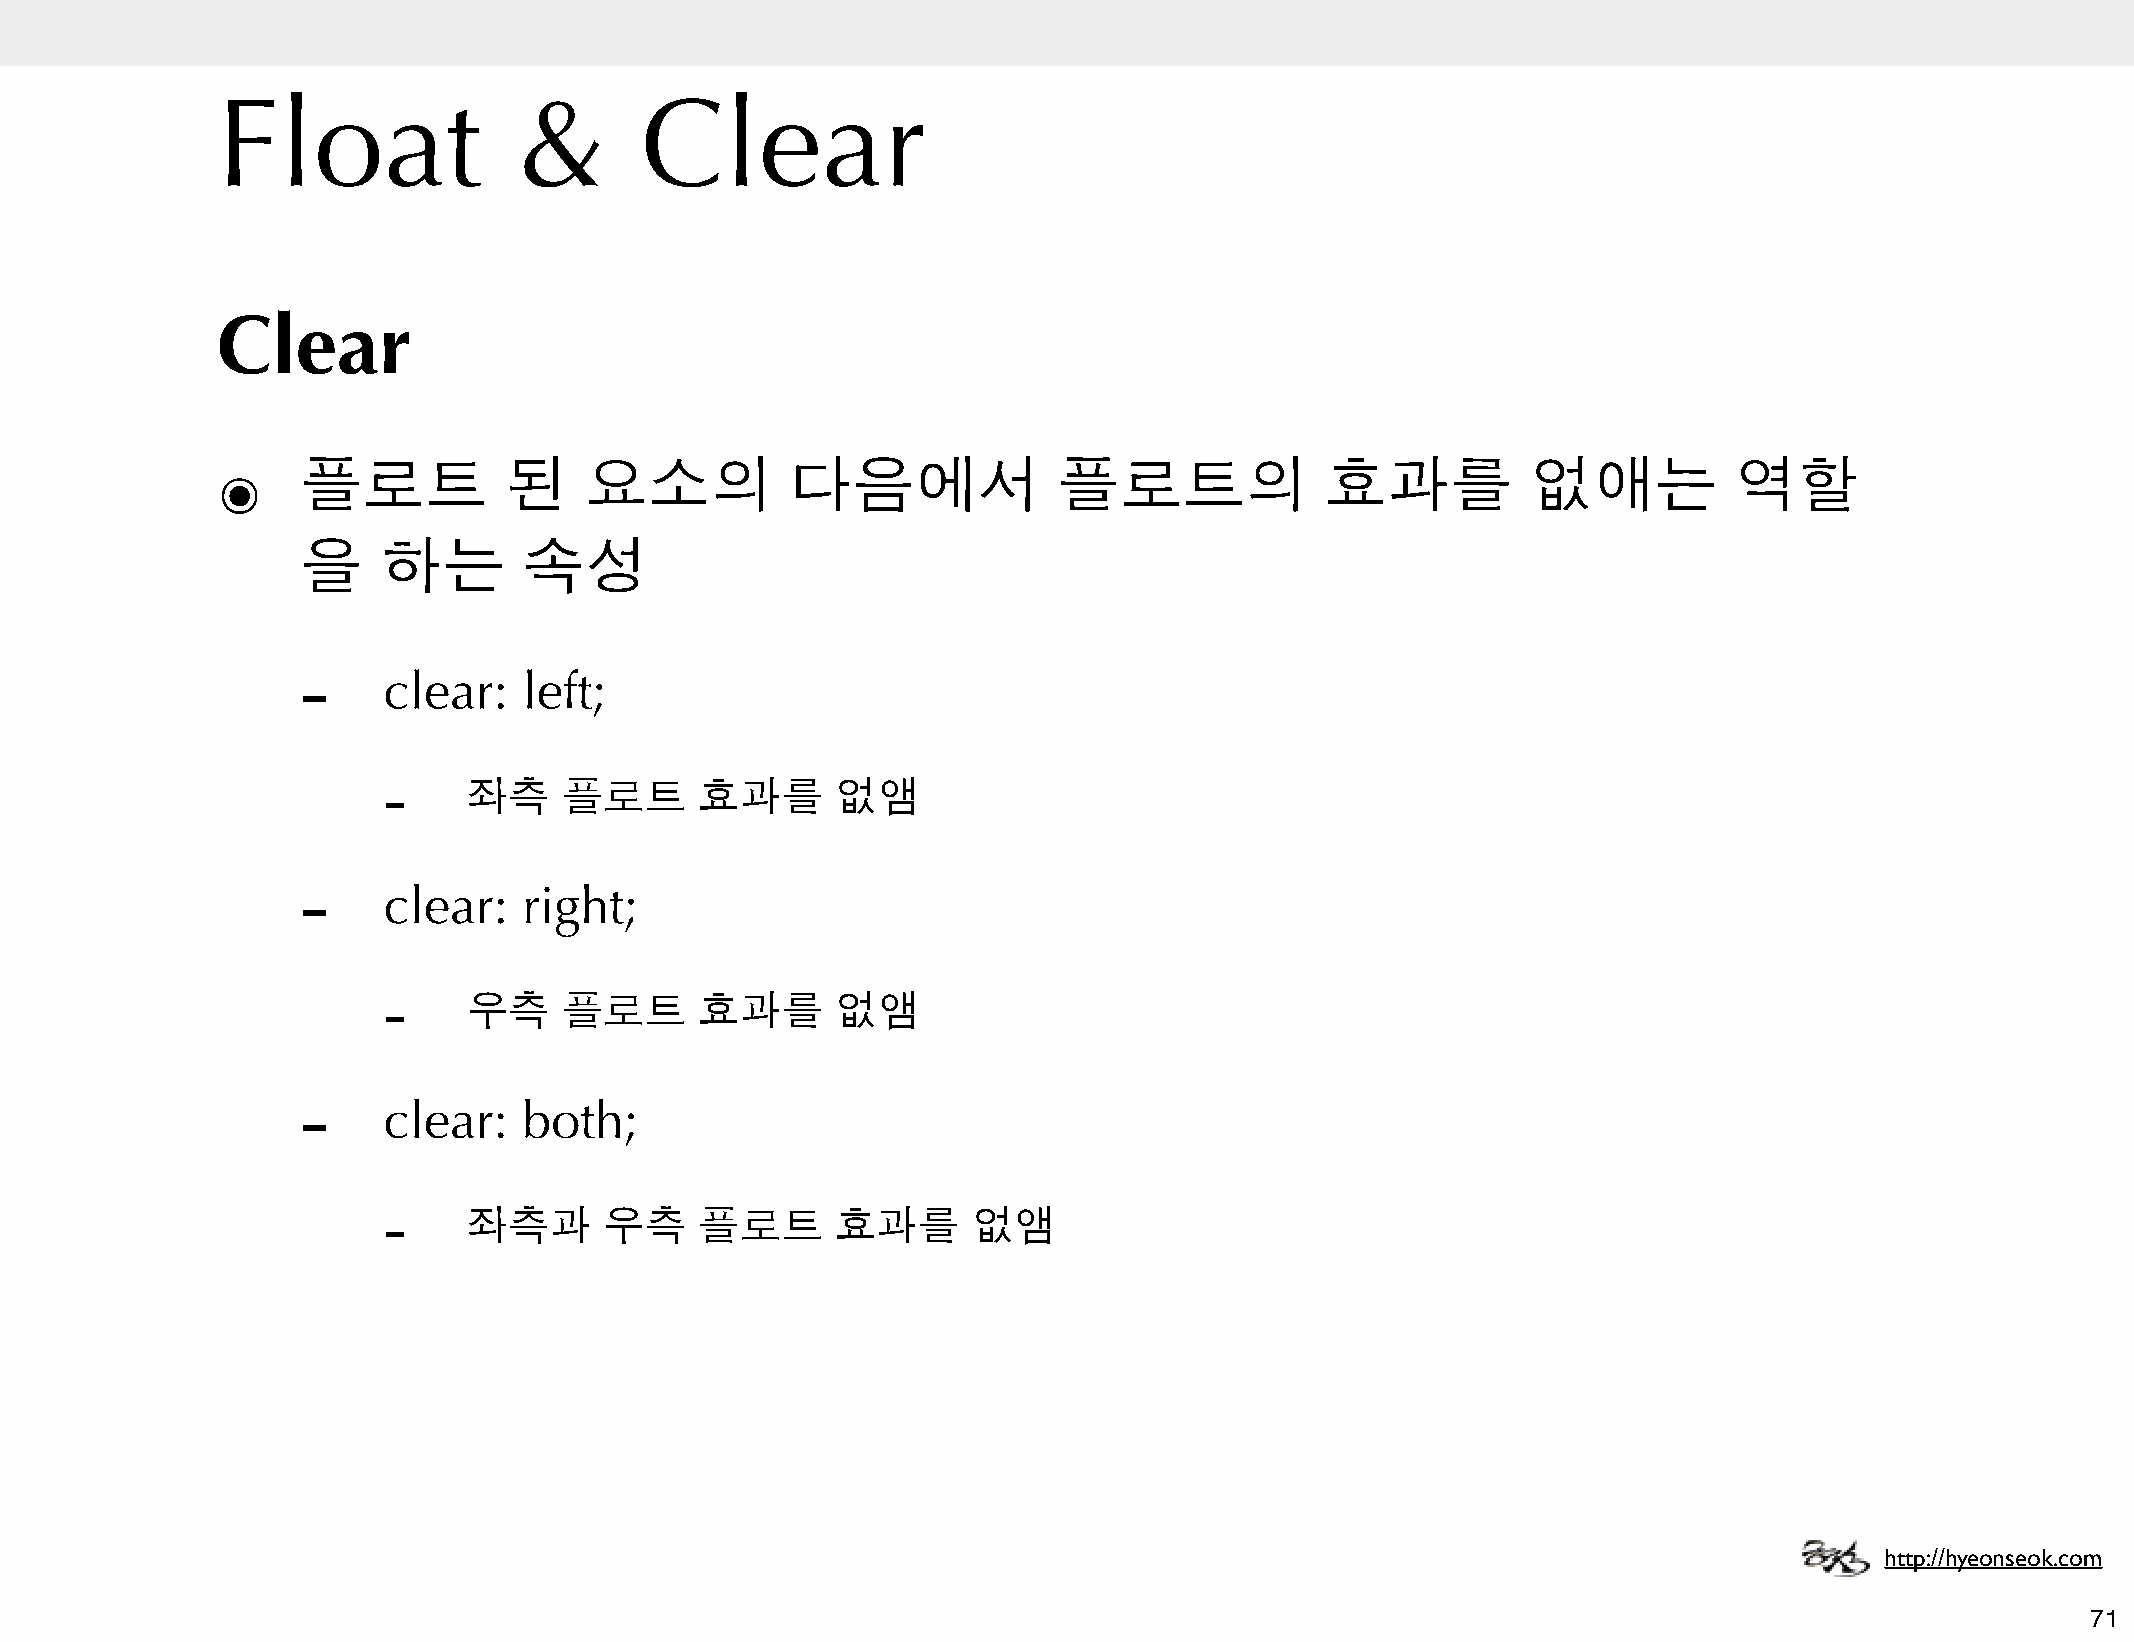
Float               &       Clear
 Clear
 ๏     플로트          된     요소의          다음에서              플로트의              효과를          없애는           역할
 을    하는        속성
 -
 clear:    left;
 -
 좌측    플로트      효과를      없앰
 -
 clear:    right;
 -
 우측    플로트      효과를      없앰
 -
 clear:    both;
 -
 좌측과      우측    플로트      효과를      없앰
 http://hyeonseok.com
 71